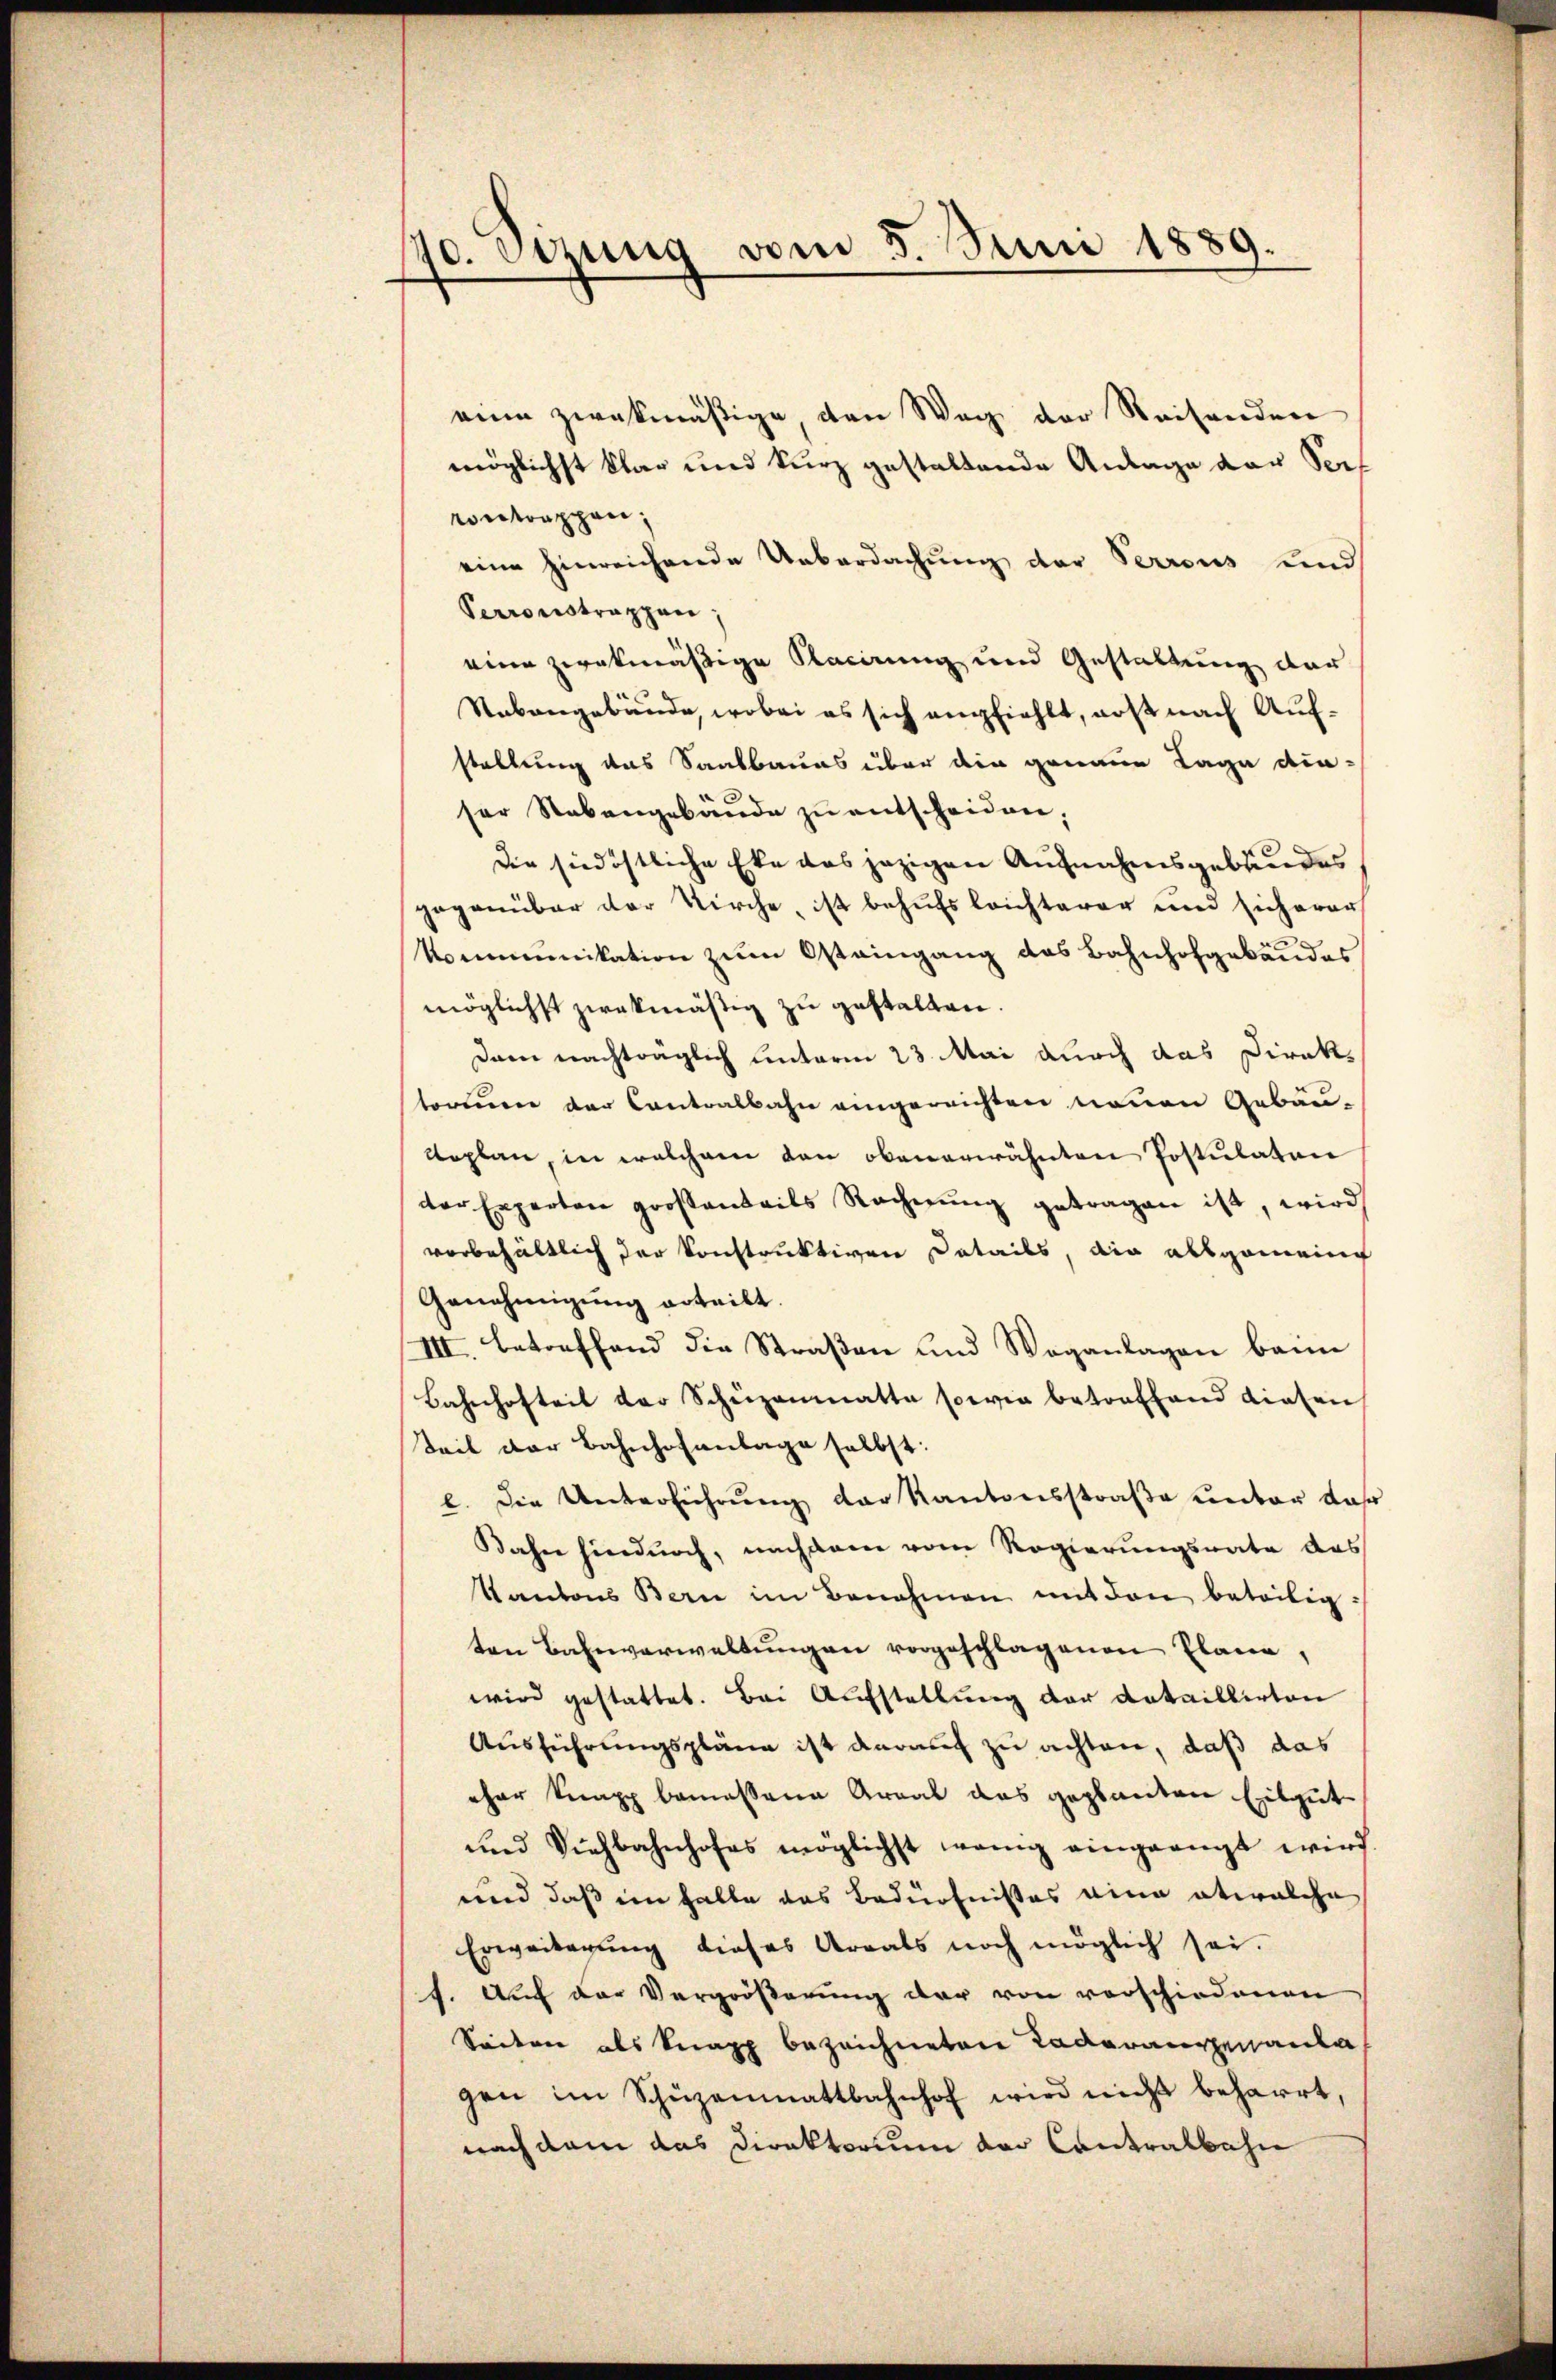
40. Etzung vom 5. Juni 1889.

eine zwekmäßige, den Weg der Reisenden
möglichst klar und kurz gestaltende Anlage der Seef
controppan,
eine hinreichende Ueberdachung der Perrons und
Perronstrappen;
eine zwekmäßige Nacirung und Gestaltung der
Stabangebäude, wobei es sich empfiehlt, nos nach Aufstellung das Saatbaues über die genaue Lage die¬
¬
ser Stabengebäŭde zu entscheiden,
Die siedöstliche Eke das jezigen Aufnahmsgebäudes
gegenüber der Kirche, ist behufs leichterer und sicherer
Kommunikation zum Ostaingang des Bahnhofgebäudes
möglichst zwekmäßig zu gestalten.
Dann nachträglich unterm 23. Mai durch das Direktorenen der Contralbahn eingereichten neuen Gebäu-
koplan, in welchem den obenerwähnten Postulaten
der Experten großanteils Rechnŭng getragen ist, wird
vorbehältlich der konstruktiven Details, die allgemein
Genehmigung erteilt.
III. Betreffend die Straßen und Weganlagen bann
Bahnhofteil der Schüzenmatte sowie betreffend diesen
Teil der Bahnhofanlage selbst:
l. Die Unterführung der Kantonsstraße unter Jahr
Bahn hindurch, nachdem vom Regierungsrate das
Kantons Bern im Benehmen mit den beteiligten Bahnverwaltungen vorgeschlagenen Plana,
wird gestattet. Bei Aufstellung der dataillirten
Ausführungspläne ist darauch zu achten, daß das
eher knapp bemessene Areal das geplanten Eilgut
und Viehbahnhofes möglichst wenig eingeengt wird.
und daß im halte das Bedürfnißes eine etwelche
Erweiterŭng dieses Areals noch möglich sei.
f. Auf der Vergröβerŭng der von verschiedenen
Seiten als Knapp bezeichneten Raderantenante
gen im Schüzenmattbahnhof wird nicht beharrt,
nach dem das Direktorium der Contralbahn